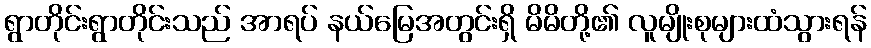
ရွာတိုင်းရွာတိုင်းသည် အာရပ် နယ်မြေအတွင်းရှိ မိမိတို့၏ လူမျိုးစုများထံသွားရန်